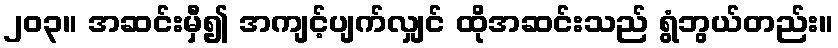
၂၀၃။ အဆင်းမှီ၍ အကျင့်ပျက်လျှင် ထိုအဆင်းသည် ရွံဘွယ်တည်း။